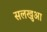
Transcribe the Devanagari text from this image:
सलखुआ